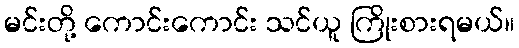
မင်းတို့ ကောင်းကောင်း သင်ယူ ကြိုးစားရမယ်။